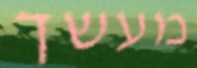
מעשך